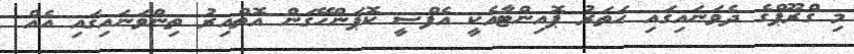
މި ގްރޫޕްގެ ދެވަނައިގައި ހަތަރު ޕޮއިންޓާއެކީ އެފްސީ ކޮޕަންހޭގަން އޮތްއިރު ތިންވަނައިގައި އެއް